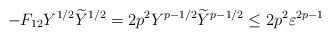
LaTeX: \begin{align*}-F_{12}Y^{1/2}\widetilde Y^{1/2}=2p^2Y^{p-1/2}\widetilde Y^{p-1/2}\le 2p^2\varepsilon^{2p-1}\end{align*}